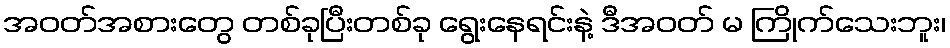
အဝတ်အစားတွေ တစ်ခုပြီးတစ်ခု ရွေးနေရင်းနဲ့ ဒီအဝတ် မ ကြိုက်သေးဘူး၊